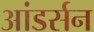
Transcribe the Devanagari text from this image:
आंडर्सन